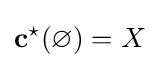
\mathbf {c} ^{\star }(\varnothing )=X